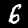
Label: 6